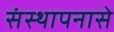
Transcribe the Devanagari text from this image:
संस्थापनासे